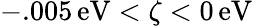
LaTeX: -.005\, \textrm{eV}<\zeta<0\, \textrm{eV}